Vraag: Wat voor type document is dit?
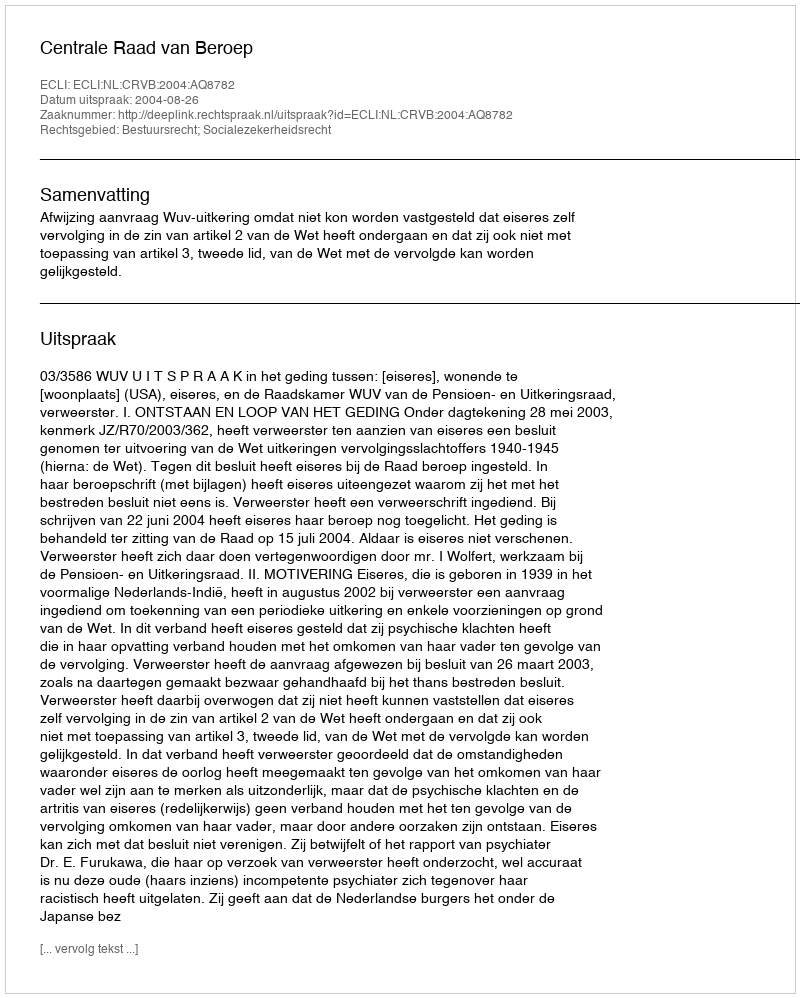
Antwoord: Uitspraak